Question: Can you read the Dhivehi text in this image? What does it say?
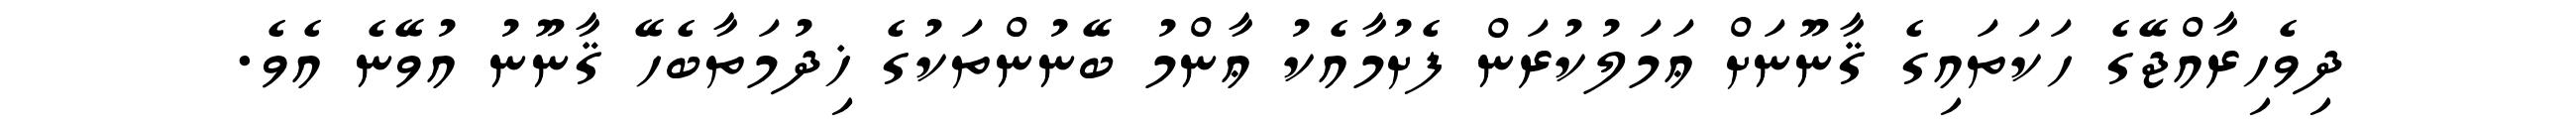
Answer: ދިވެހިރާއްޖޭގެ ހަކަތައިގެ ޤާނޫނަށް ޢަމަލުކުރަން ފެށުމާއެކު ޢާންމު ބޭނުންތަކުގެ ޚިދުމަތާބެހޭ ޤާނޫނު އުވޭނެ އެވެ.